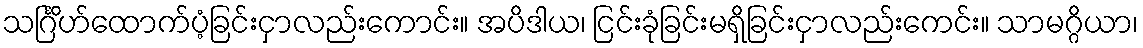
သင်္ဂြိဟ်ထောက်ပံ့ခြင်းငှာလည်းကောင်း။ အပိဒါယ၊ ငြင်းခုံခြင်းမရှိခြင်းငှာလည်းကေင်း။ သာမဂ္ဂိယာ၊